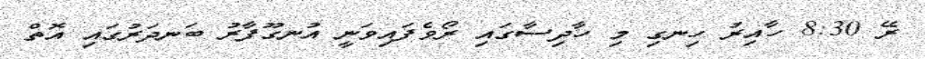
ރޭ 8:30 ހާއިރު ހިނގި މި ހާދިސާގައި ރޯވެފައިވަނީ އުނގޫފާރު ބަނދަރުގައި އޮތް